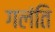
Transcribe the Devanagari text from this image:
गलंति